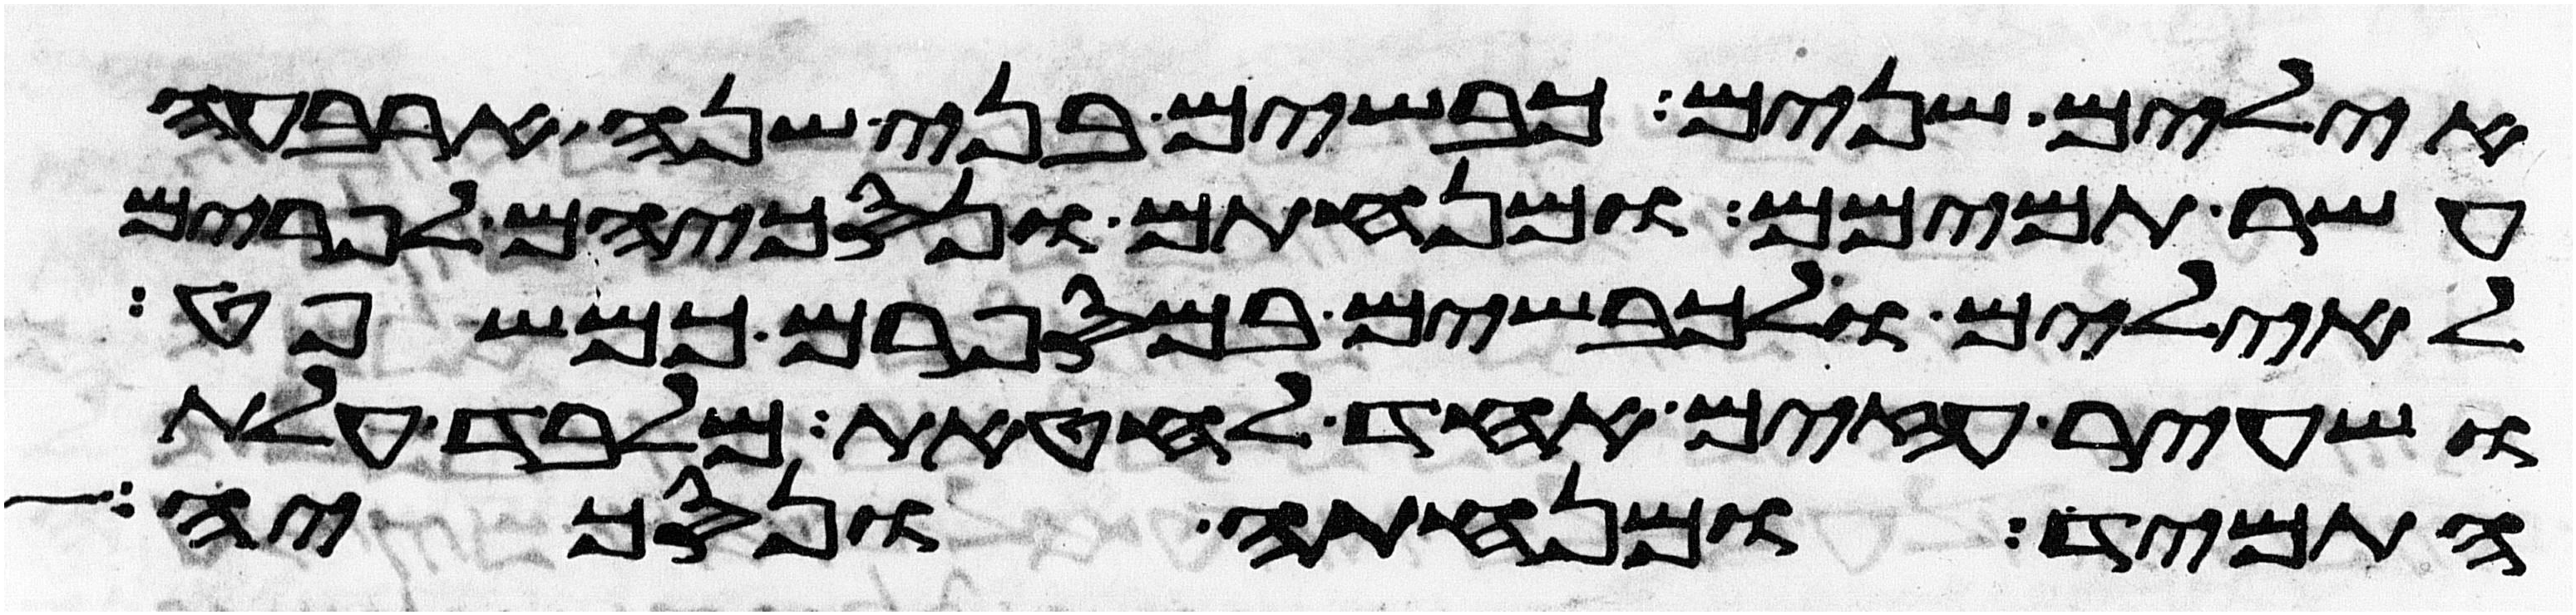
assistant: אילים שנים כבשים בני שנה ארבעה
עשר תמימם ומנחתם ונסכיהם לפרים
לאילים ולכבשים במספרם כמשפט
ושעיר עזים אחד לחטאת מלבד עלת
התמיד ומנחתה ונסכיה אלה